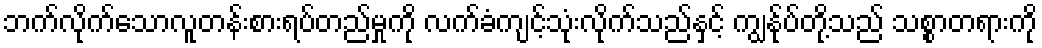
ဘက်လိုက်သောလူတန်းစားရပ်တည်မှုကို လက်ခံကျင့်သုံးလိုက်သည်နှင့် ကျွနု်ပ်တို့သည် သစ္စာတရားကို